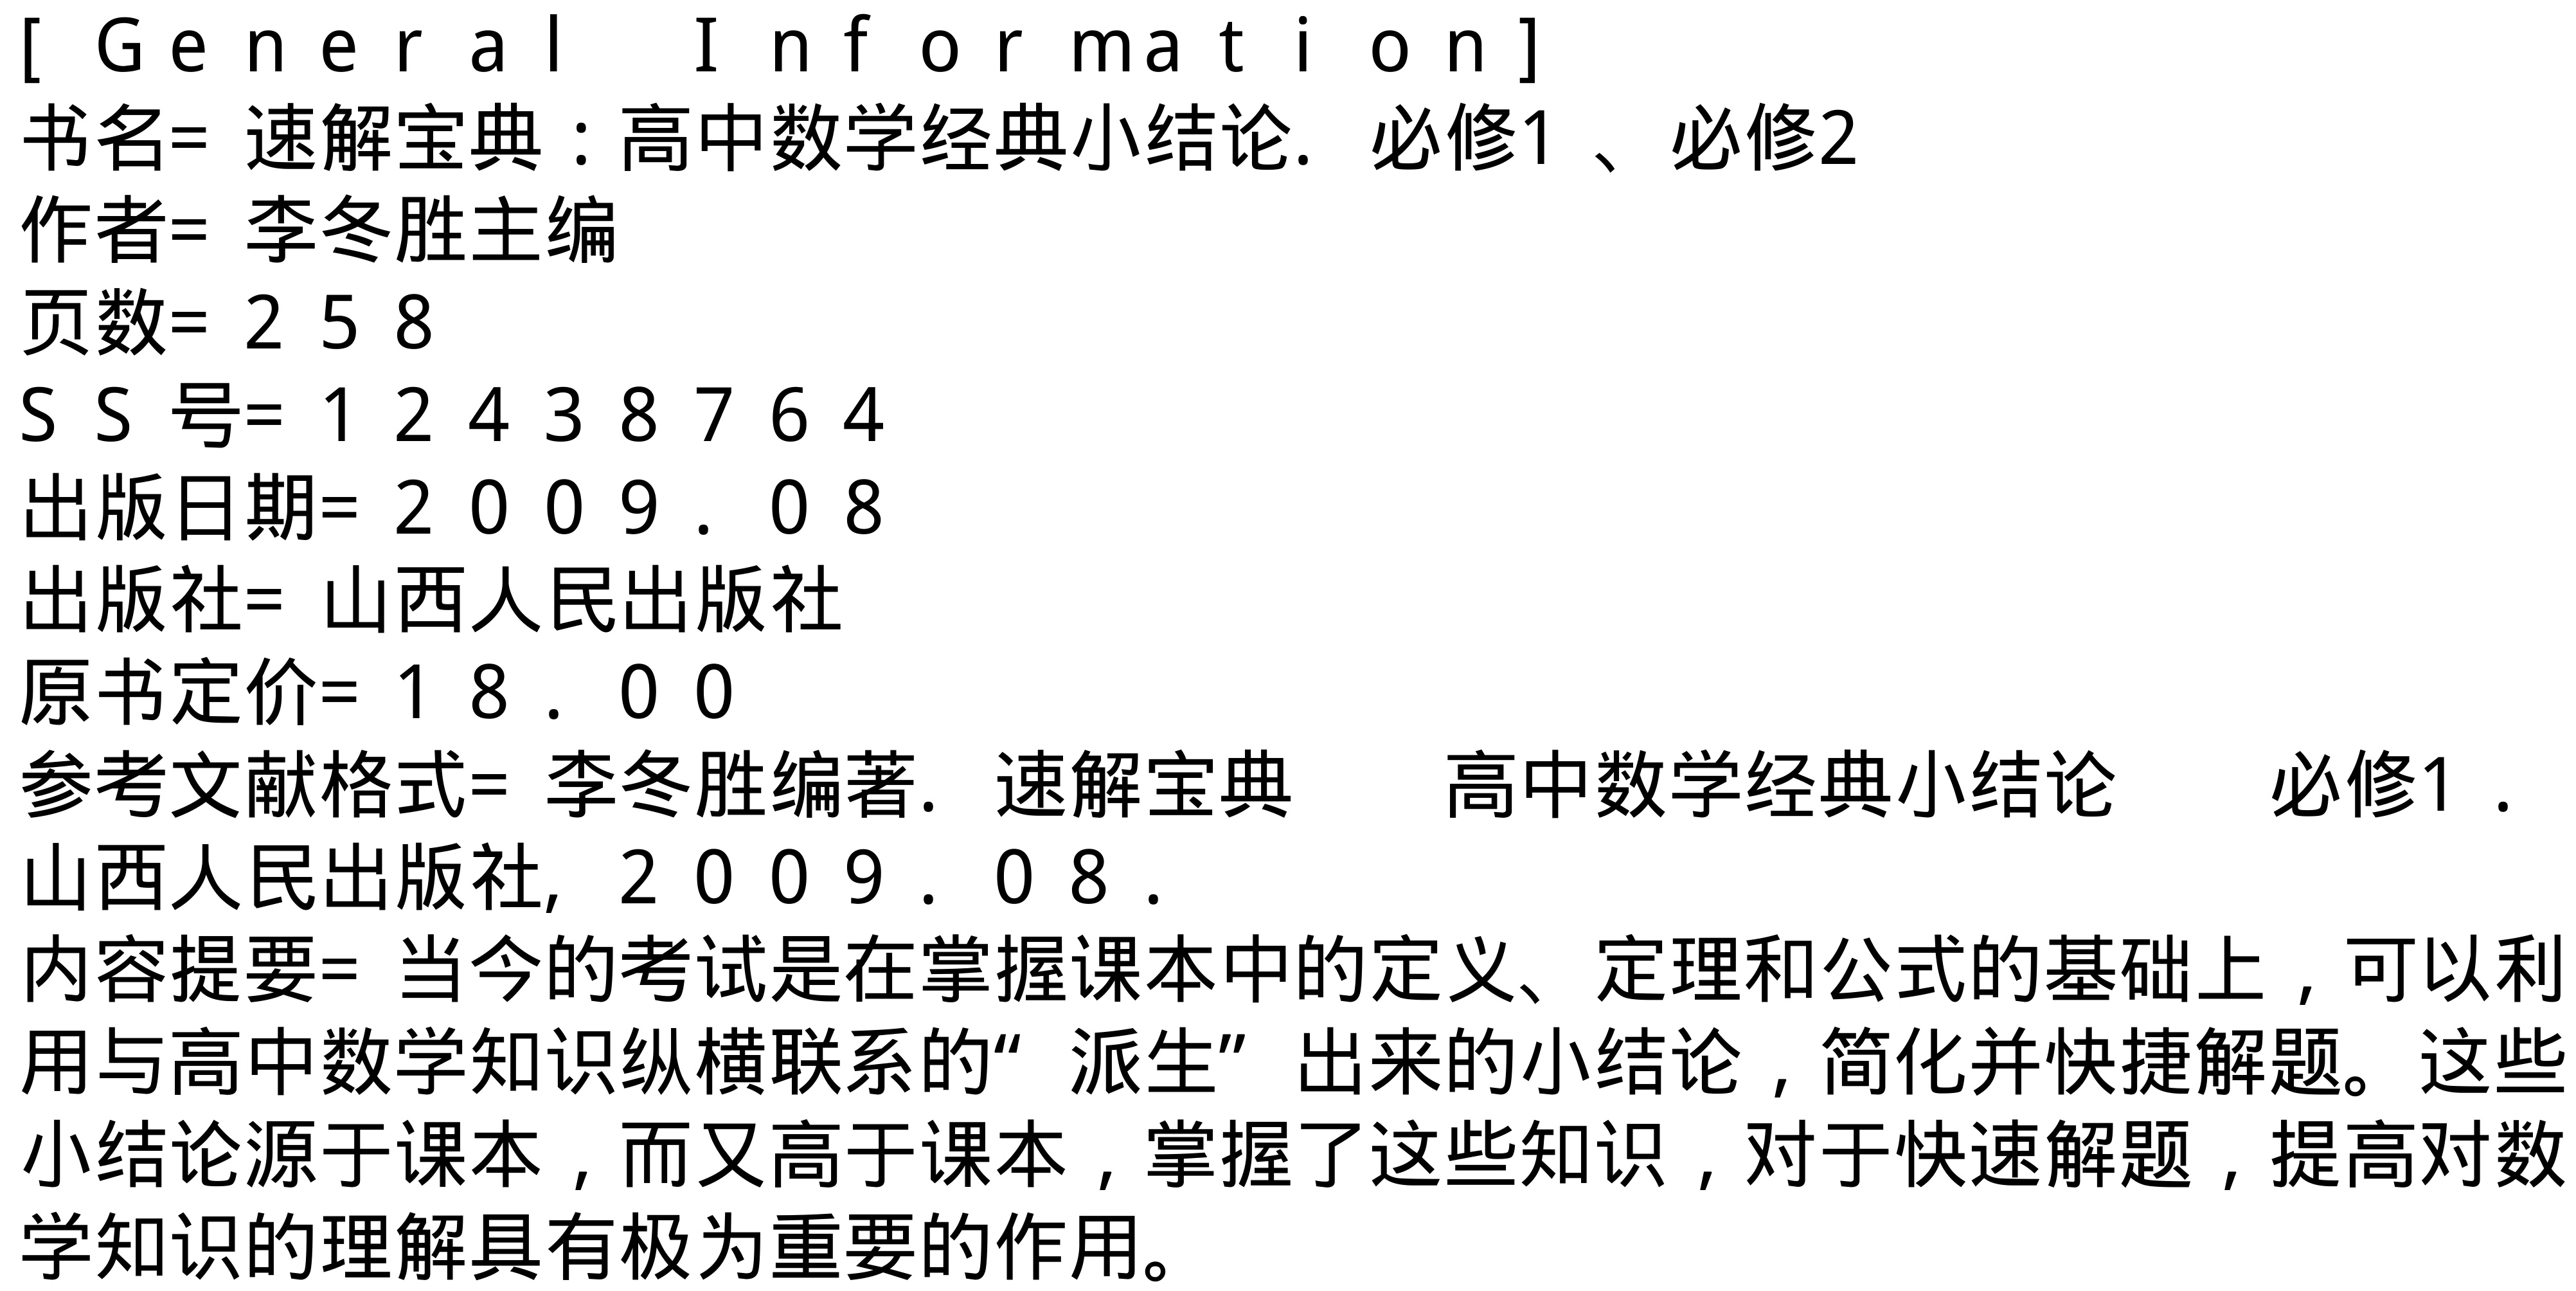
\begin{verbatim}

[ General  Information]

书名= 速解宝典：高中数学经典小结论. 必修1 、必修2

作者= 李冬胜主编

页数= 2 5 8

S S 号= 1 2 4 3 8 7 6 4

出版日期= 2 0 0 9. 0 8

出版社= 山西人民出版社

原书定价= 1 8. 0 0

参考文献格式= 李冬胜编著. 速解宝典  高中数学经典小结论  必修1.

山西人民出版社, 2 0 0 9. 0 8.

内容提要= 当今的考试是在掌握课本中的定义、定理和公式的基础上，可以利

用与高中数学知识纵横联系的“ 派生” 出来的小结论，简化并快捷解题。这些

小结论源于课本，而又高于课本，掌握了这些知识，对于快速解题，提高对数

学知识的理解具有极为重要的作用。

\end{verbatim}